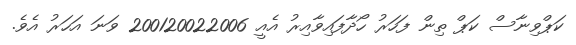
ކަޕްވިނާސް ކަޕް ތިން ފަހަރު ހޯދާފައިވާއިރު އެއީ 200120022006 ވަނަ އަހަރު އެވެ.